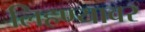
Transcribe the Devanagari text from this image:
लिहण्यावर